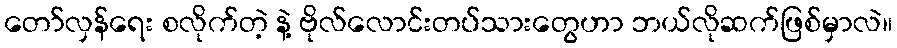
တော်လှန်ရေး စလိုက်တဲ့ နဲ့ ဗိုလ်လောင်းတပ်သားတွေဟာ ဘယ်လိုဆက်ဖြစ်မှာလဲ။